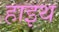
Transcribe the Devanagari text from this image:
हाइथ